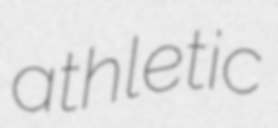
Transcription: athletic